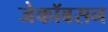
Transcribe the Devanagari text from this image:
जेकॉबसन